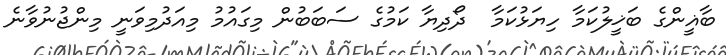
ބާޣީންގެ ބަޚީލުކަމާ ހިޔަޅުކަމާ  ދޯދިޔާ ކަމުގެ ސަބަބުން މިގައުމު މިއަދުމިވަނީ މިންޖުނުވާނެ